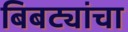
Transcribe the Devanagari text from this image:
बिबट्यांचा